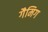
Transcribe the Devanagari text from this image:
गैमिग